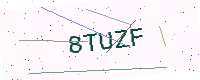
Text: 8TUZF